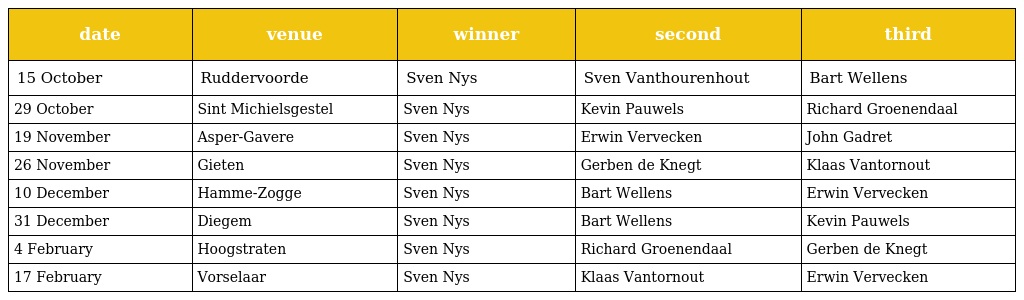
| date | venue | winner | second | third |
 | --- | --- | --- | --- | --- |
 | 15 October | Ruddervoorde | Sven Nys | Sven Vanthourenhout | Bart Wellens |
 | 29 October | Sint Michielsgestel | Sven Nys | Kevin Pauwels | Richard Groenendaal |
 | 19 November | Asper-Gavere | Sven Nys | Erwin Vervecken | John Gadret |
 | 26 November | Gieten | Sven Nys | Gerben de Knegt | Klaas Vantornout |
 | 10 December | Hamme-Zogge | Sven Nys | Bart Wellens | Erwin Vervecken |
 | 31 December | Diegem | Sven Nys | Bart Wellens | Kevin Pauwels |
 | 4 February | Hoogstraten | Sven Nys | Richard Groenendaal | Gerben de Knegt |
 | 17 February | Vorselaar | Sven Nys | Klaas Vantornout | Erwin Vervecken |